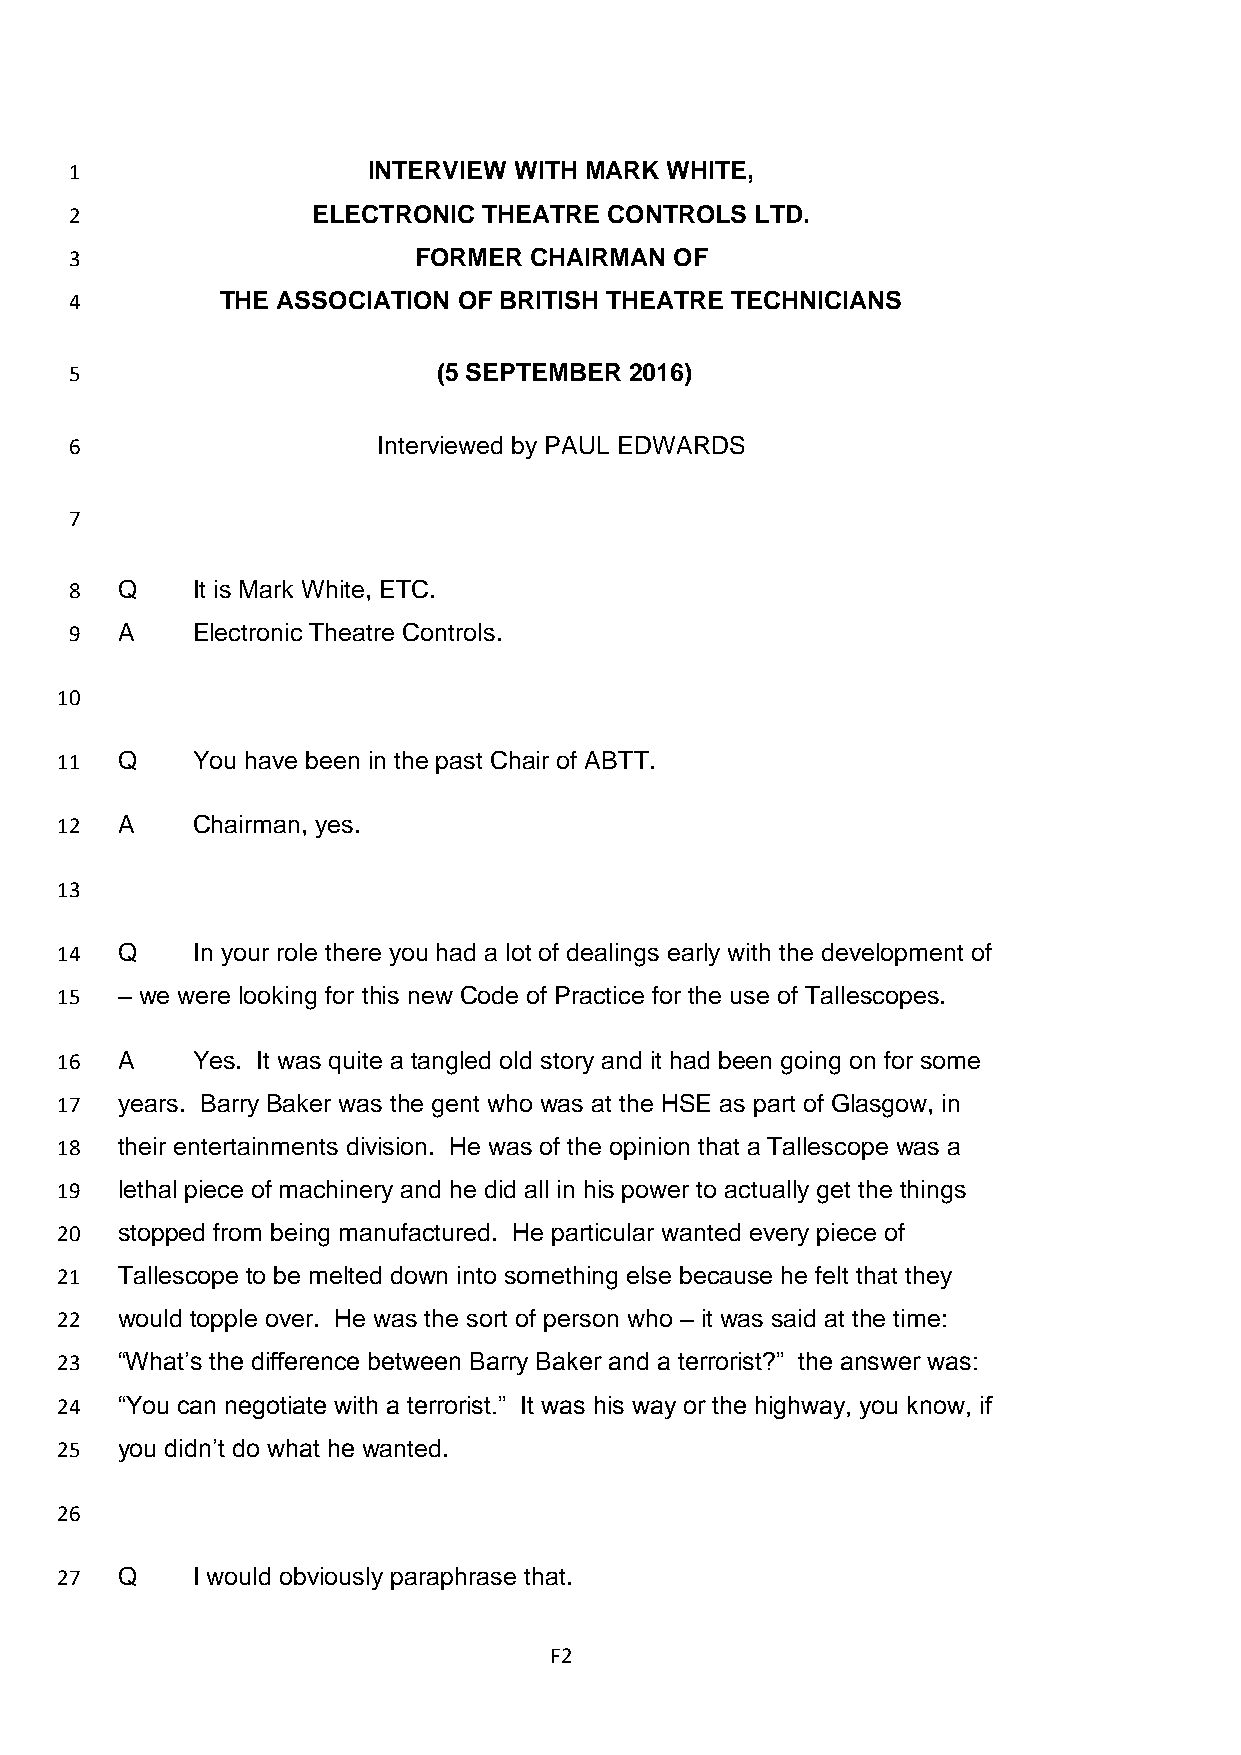
1                  INTERVIEW WITH MARK WHITE,
 2               ELECTRONIC THEATRE CONTROLS  LTD.
 3                     FORMER  CHAIRMAN  OF
 4         THE ASSOCIATION OF BRITISH THEATRE TECHNICIANS
 5                       (5 SEPTEMBER 2016)
 6                   Interviewed by PAUL EDWARDS
 7
 8  Q    It is Mark White, ETC.
 9  A    Electronic Theatre Controls.
 10
 11  Q    You have been in the past Chair of ABTT.
 12  A    Chairman, yes.
 13
 14  Q    In your role there you had a lot of dealings early with the development of
 15  – we were looking for this new Code of Practice for the use of Tallescopes.
 16  A    Yes. It was quite a tangled old story and it had been going on for some
 17  years. Barry Baker was the gent who was at the HSE as part of Glasgow, in
 18  their entertainments division. He was of the opinion that a Tallescope was a
 19  lethal piece of machinery and he did all in his power to actually get the things
 20  stopped from being manufactured. He particular wanted every piece of
 21  Tallescope to be melted down into something else because he felt that they
 22  would topple over. He was the sort of person who – it was said at the time:
 23  “What’s the difference between Barry Baker and a terrorist?” the answer was:
 24  “You can negotiate with a terrorist.” It was his way or the highway, you know, if
 25  you didn’t do what he wanted.
 26
 27  Q    I would obviously paraphrase that.
 F2